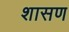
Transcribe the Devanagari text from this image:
शासण